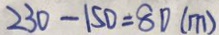
2 3 0 - 1 5 0 = 8 0 ( m )